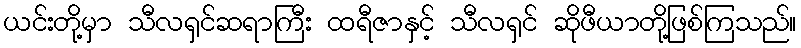
ယင်းတို့မှာ သီလရှင်ဆရာကြီး ထရီဇာနှင့် သီလရှင် ဆိုဖီယာတို့ဖြစ်ကြသည်။